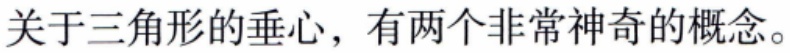
关于三角形的垂心，有两个非常神奇的概念。